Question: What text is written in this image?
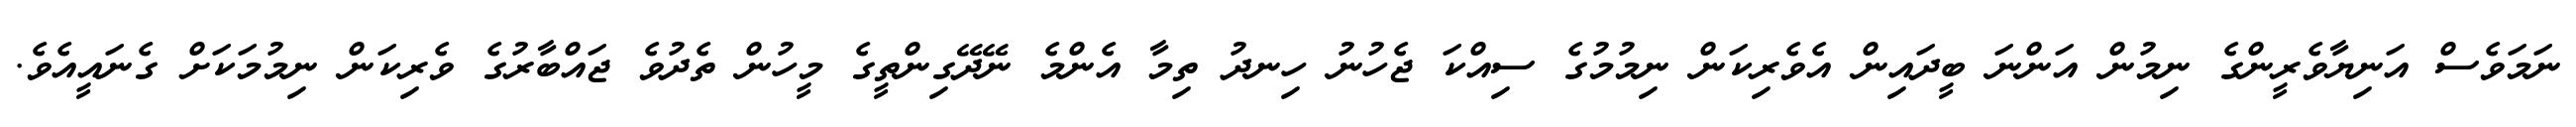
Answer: ނަމަވެސް އަނިޔާވެރީންގެ ނިމުން އަންނަ ބީދައިން އެވެރިކަން ނިމުމުގެ ސިއްކަ ޖެހުނު ހިނދު ތިމާ އެންމެ ނޭދޭގިންތީގެ މީހުން ތެދުވެ ޖައްބާރުގެ ވެރިކަން ނިމުމަކަށް ގެނައީއެވެ.